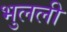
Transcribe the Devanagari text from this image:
भुलली